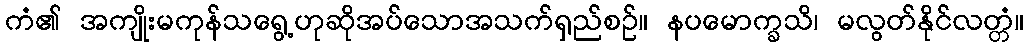
ကံ၏ အကျိုးမကုန်သရွေ့ဟုဆိုအပ်သောအသက်ရှည်စဉ်။ နပမောက္ခသိ၊ မလွတ်နိုင်လတ္တံ။